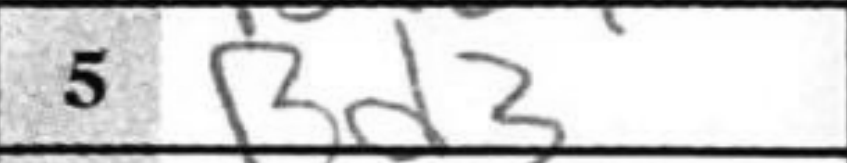
Transcription: Bd3